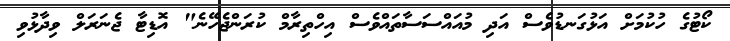
ކޯޓުގެ ހުކުމަށް އަޅުގަނޑުވެސް އަދި މުއައްސަސާތައްވެސް އިހްތިރާމް ކުރަންޖެހޭނެ" އޮޑިޓާ ޖެނަރަލް ވިދާޅުވި